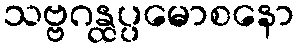
သဗ္ဗဂန္ထပ္ပမောစနော